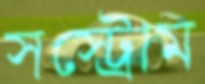
সস্ট্রোম